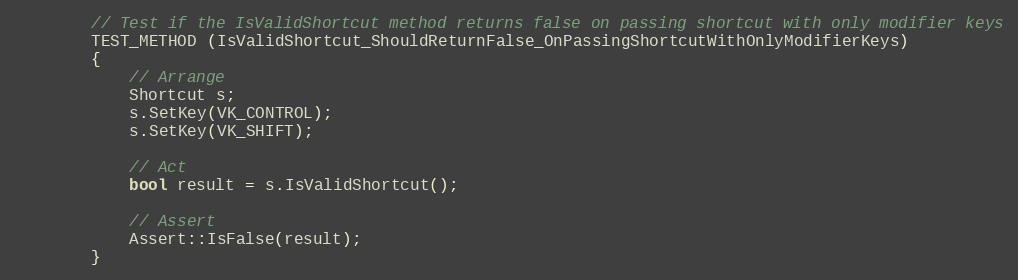
Language: C++
        // Test if the IsValidShortcut method returns false on passing shortcut with only modifier keys
        TEST_METHOD (IsValidShortcut_ShouldReturnFalse_OnPassingShortcutWithOnlyModifierKeys)
        {
            // Arrange
            Shortcut s;
            s.SetKey(VK_CONTROL);
            s.SetKey(VK_SHIFT);

            // Act
            bool result = s.IsValidShortcut();

            // Assert
            Assert::IsFalse(result);
        }